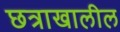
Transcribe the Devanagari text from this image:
छत्राखालील